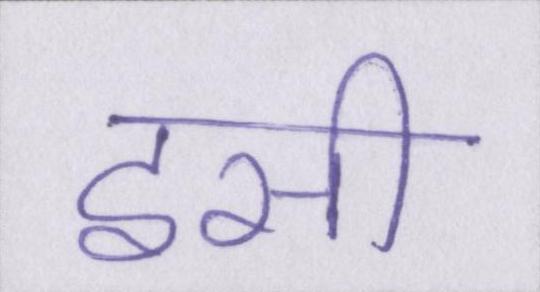
इसी